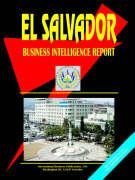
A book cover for El Salvador Business Intelligence Report; Ibp Usa; Travel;